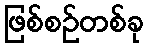
ဖြစ်စဉ်တစ်ခု